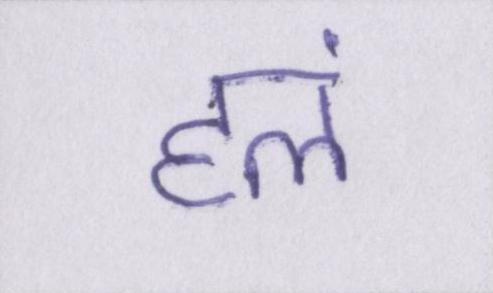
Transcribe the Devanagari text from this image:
हलं